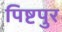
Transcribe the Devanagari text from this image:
पिष्टपुर